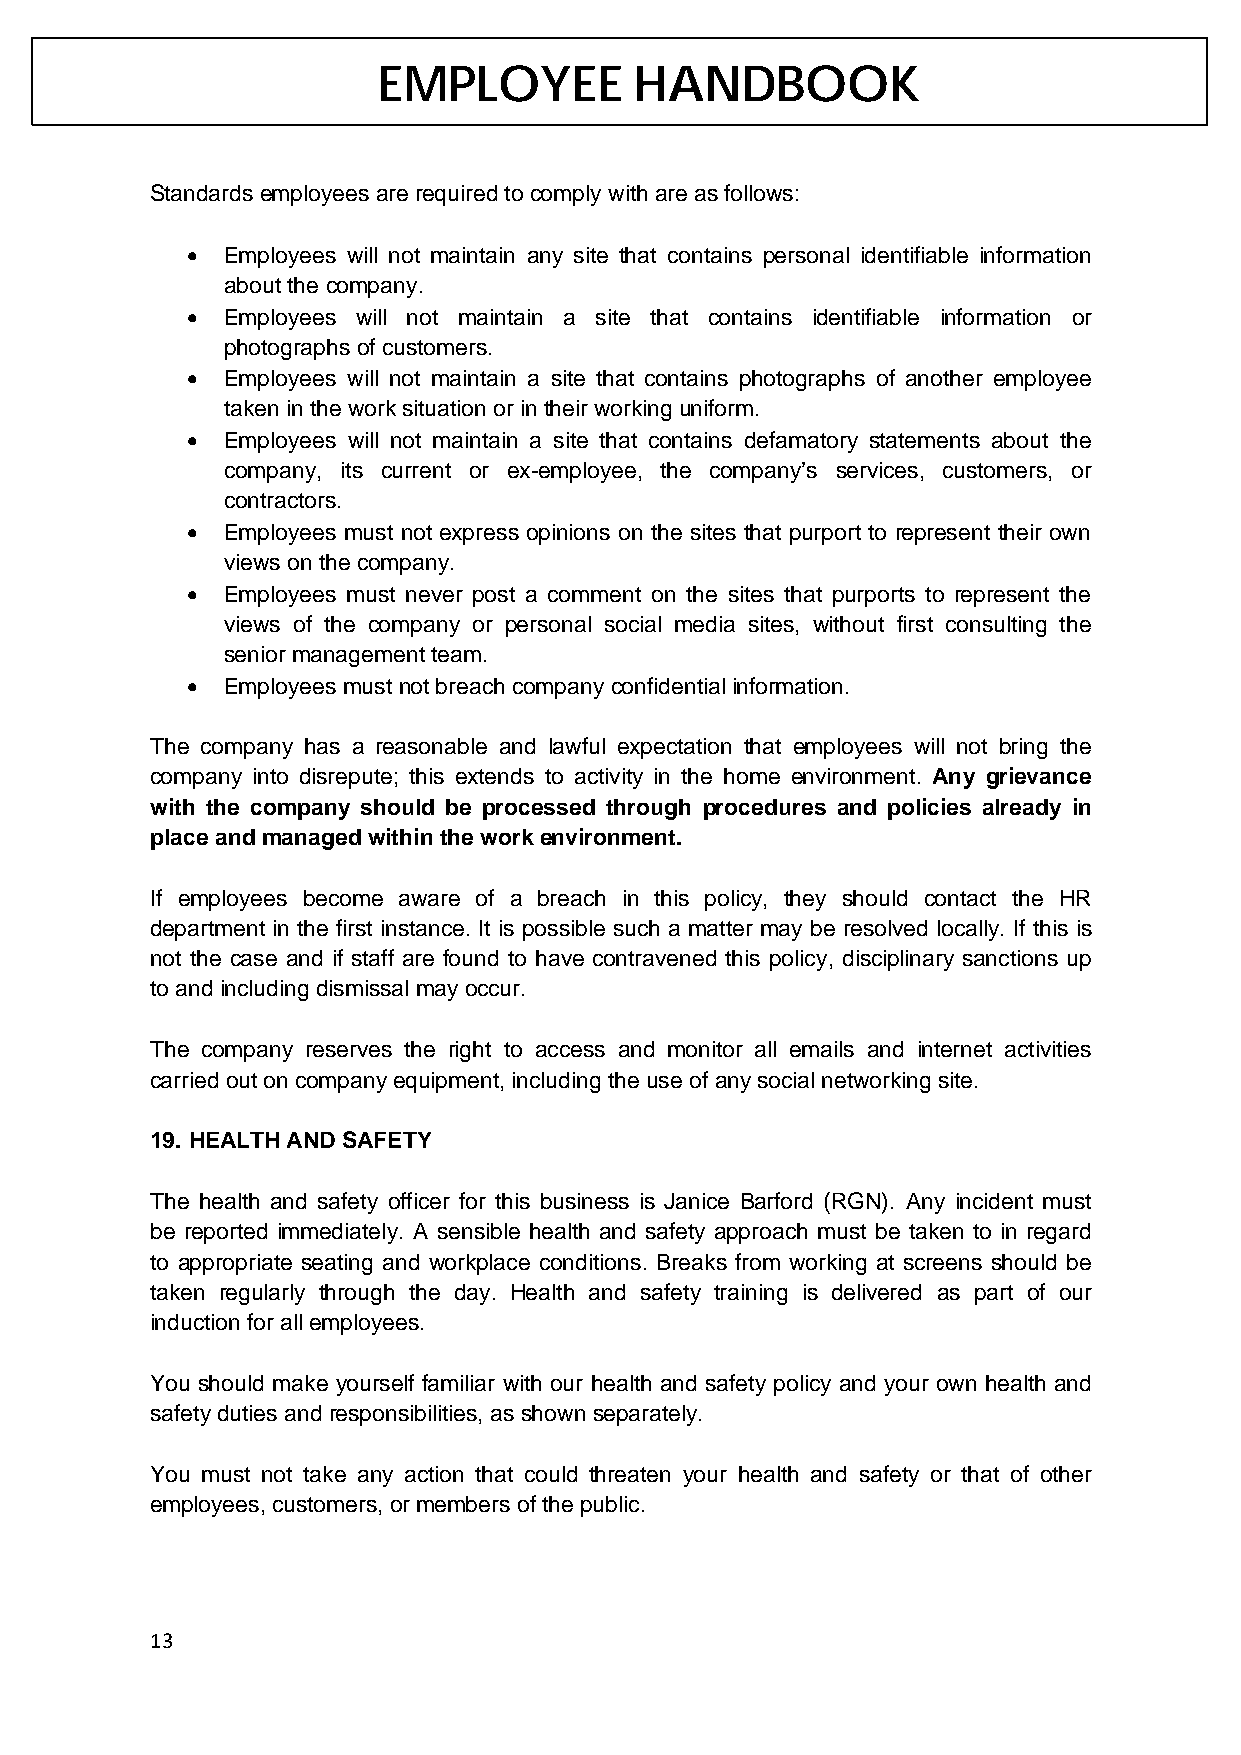
EMPLOYEE         HANDBOOK
 Standards employees are required to comply with are as follows:
 •  Employees will not maintain any site that contains personal identifiable information
 about the company.
 •  Employees will not maintain a site that contains identifiable information or
 photographs of customers.
 •  Employees will not maintain a site that contains photographs of another employee
 taken in the work situation or in their working uniform.
 •  Employees will not maintain a site that contains defamatory statements about the
 company, its current or ex-employee, the company’s services, customers, or
 contractors.
 •  Employees must not express opinions on the sites that purport to represent their own
 views on the company.
 •  Employees must never post a comment on the sites that purports to represent the
 views of the company or personal social media sites, without first consulting the
 senior management team.
 •  Employees must not breach company confidential information.
 The company has a reasonable and lawful expectation that employees will not bring the
 company into disrepute; this extends to activity in the home environment. Any grievance
 with the company should be processed through procedures and policies already in
 place and managed within the work environment.
 If employees become aware of a breach in this policy, they should contact the HR
 department in the first instance. It is possible such a matter may be resolved locally. If this is
 not the case and if staff are found to have contravened this policy, disciplinary sanctions up
 to and including dismissal may occur.
 The company reserves the right to access and monitor all emails and internet activities
 carried out on company equipment, including the use of any social networking site.
 19. HEALTH AND SAFETY
 The health and safety officer for this business is Janice Barford (RGN). Any incident must
 be reported immediately. A sensible health and safety approach must be taken to in regard
 to appropriate seating and workplace conditions. Breaks from working at screens should be
 taken regularly through the day. Health and safety training is delivered as part of our
 induction for all employees.
 You should make yourself familiar with our health and safety policy and your own health and
 safety duties and responsibilities, as shown separately.
 You must not take any action that could threaten your health and safety or that of other
 employees, customers, or members of the public.
 13